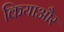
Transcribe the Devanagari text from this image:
कियाऔर